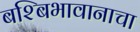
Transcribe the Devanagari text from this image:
बश्बिभावानाचा